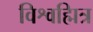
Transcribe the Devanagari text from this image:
विश्वह्मित्र